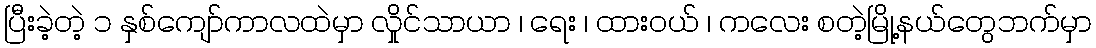
ပြီးခဲ့တဲ့ ၁ နှစ်ကျော်ကာလထဲမှာ လှိုင်သာယာ ၊ ရေး ၊ ထားဝယ် ၊ ကလေး စတဲ့မြို့နယ်တွေဘက်မှာ